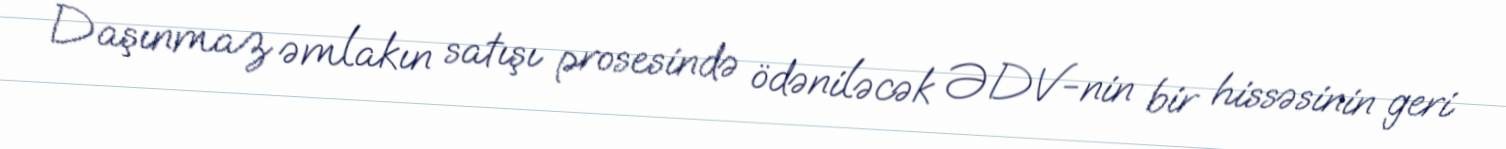
Daşınmaz əmlakın satışı prosesində ödəniləcək ƏDV-nin bir hissəsinin geri